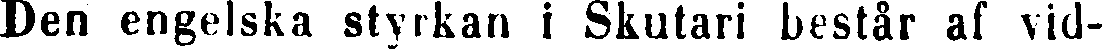
Den engelska styrkan i Skutari består al vid-